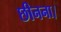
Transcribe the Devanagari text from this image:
छीनना।